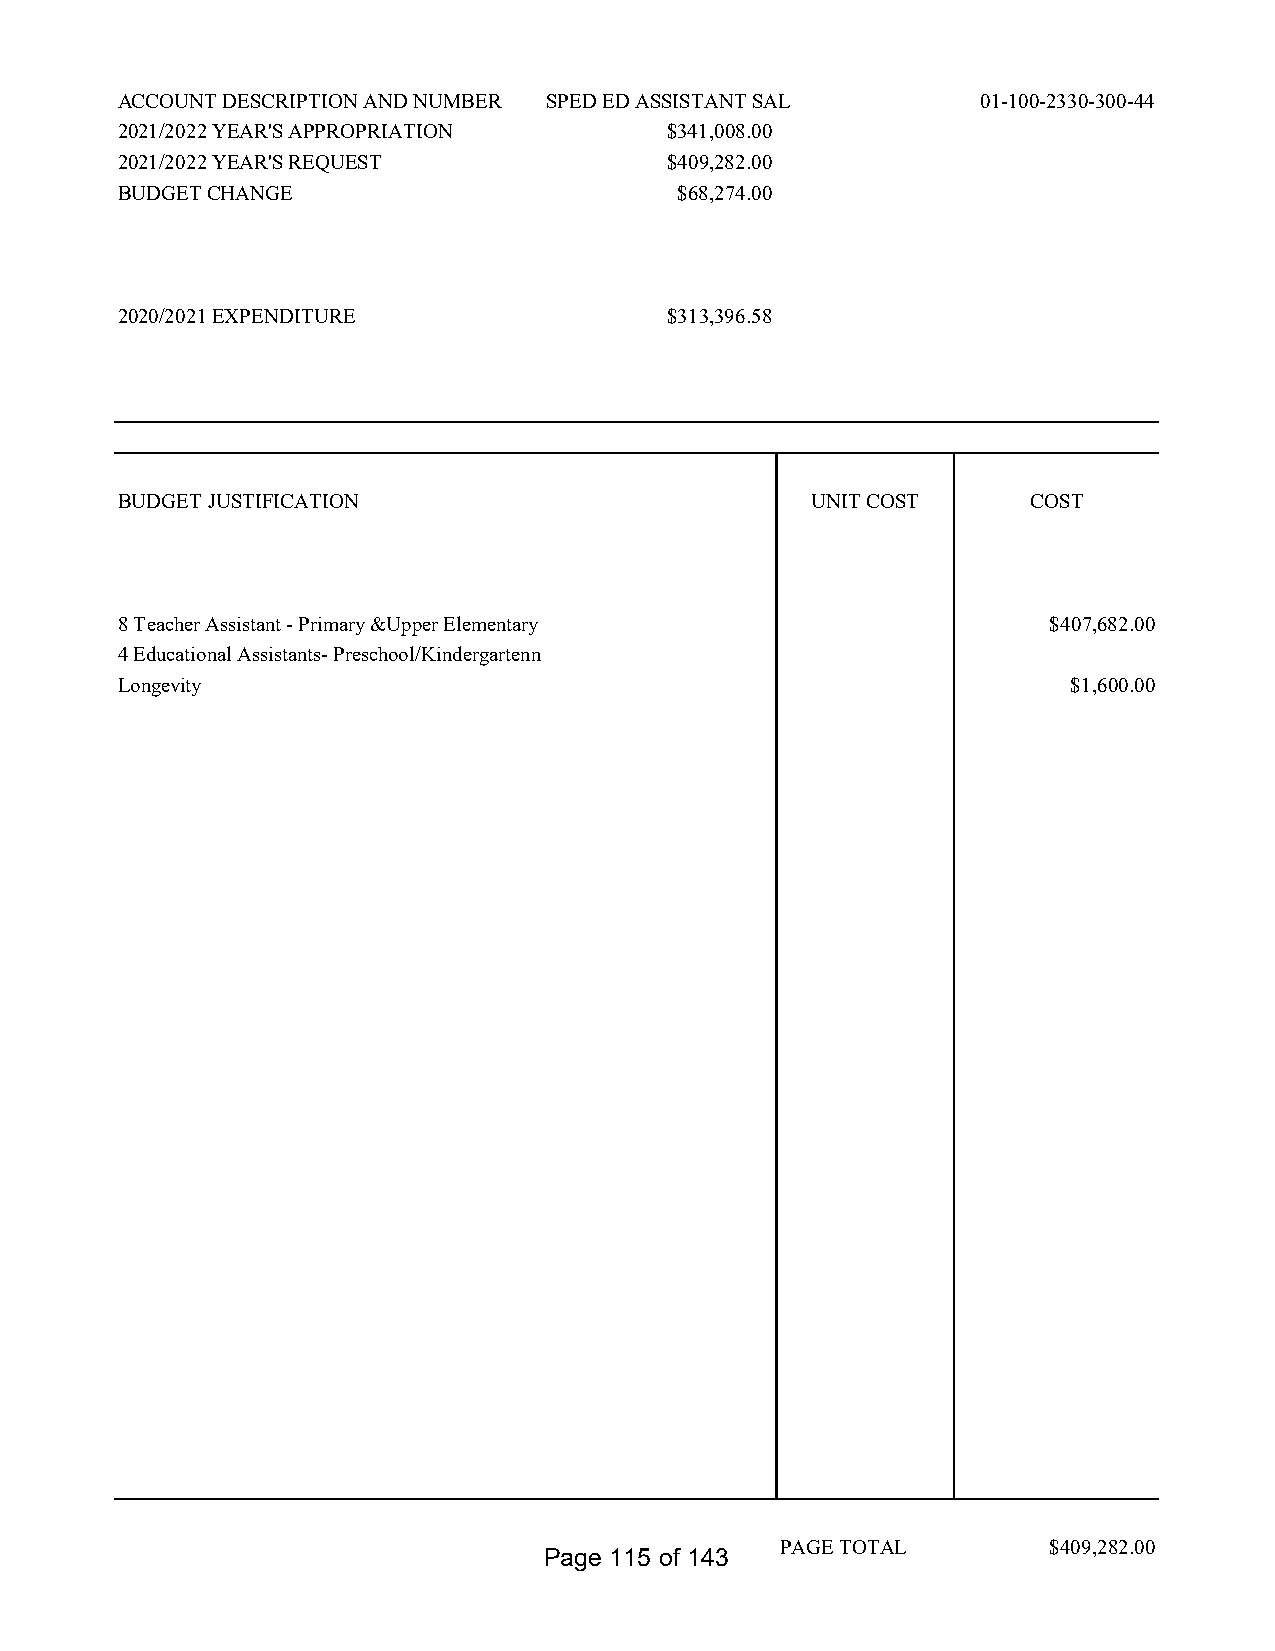
ACCOUNT DESCRIPTION AND NUMBER SPED ED ASSISTANT SAL     01-100-2330-300-44
 2021/2022 YEAR'S APPROPRIATION      $341,008.00
 2021/2022 YEAR'S REQUEST            $409,282.00
 BUDGET CHANGE                        $68,274.00
 2020/2021 EXPENDITURE               $313,396.58
 BUDGET JUSTIFICATION                          UNIT COST     COST
 8 Teacher Assistant - Primary &Upper Elementary               $407,682.00
 4 Educational Assistants- Preschool/Kindergartenn
 Longevity                                                      $1,600.00
 PAGE TOTAL        $409,282.00
 Page 115 of 143